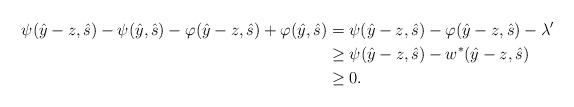
LaTeX: \begin{align*}\psi(\hat{y}-z,\hat{s})-\psi(\hat{y},\hat{s})-\varphi(\hat{y}-z,\hat{s})+\varphi(\hat{y},\hat{s})&=\psi(\hat{y}-z,\hat{s})-\varphi(\hat{y}-z,\hat{s})-\lambda'\\&\ge\psi(\hat{y}-z,\hat{s})-w^*(\hat{y}-z,\hat{s})\\&\ge0.\end{align*}